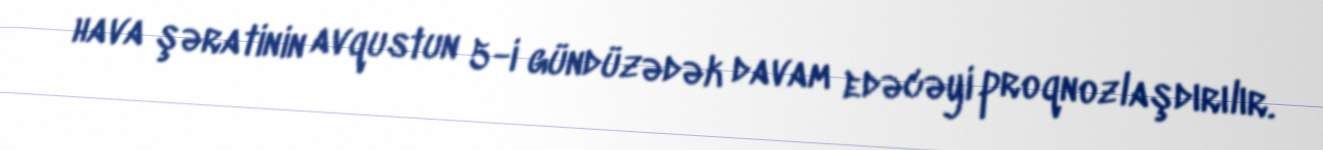
hava şəratinin avqustun 5-i gündüzədək davam edəcəyi proqnozlaşdırılır.